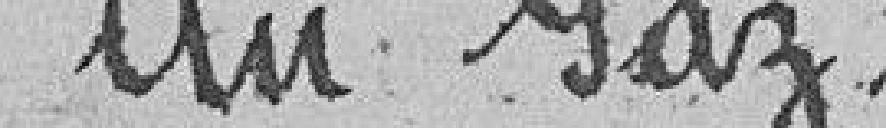
au gaz